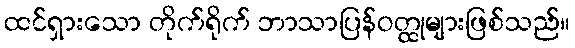
ထင်ရှားသော တိုက်ရိုက် ဘာသာပြန်ဝတ္ထုများဖြစ်သည်။